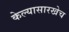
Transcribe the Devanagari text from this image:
केल्यासारखेच